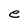
Character: e